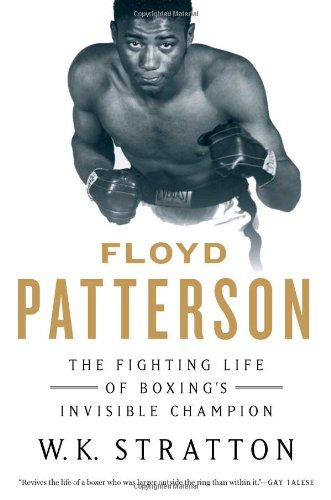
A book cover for Floyd Patterson: The Fighting Life of BoxingEEs Invisible Champion; W. K. Stratton; Sports & Outdoors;